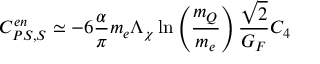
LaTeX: C _ { P S , S } ^ { e n } \simeq - 6 \frac { \alpha } { \pi } m _ { e } \Lambda _ { \chi } \ln \left( \frac { m _ { Q } } { m _ { e } } \right) \frac { \sqrt { 2 } } { G _ { F } } C _ { 4 }